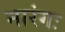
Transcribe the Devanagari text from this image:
नारंगः